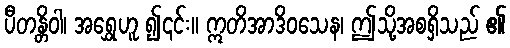
ပီတန္တိဝါ၊ အရွှေဟူ ၍၎င်း။ ဣတိအာဒိဝသေန၊ ဤသို့အစရှိသည် ၏